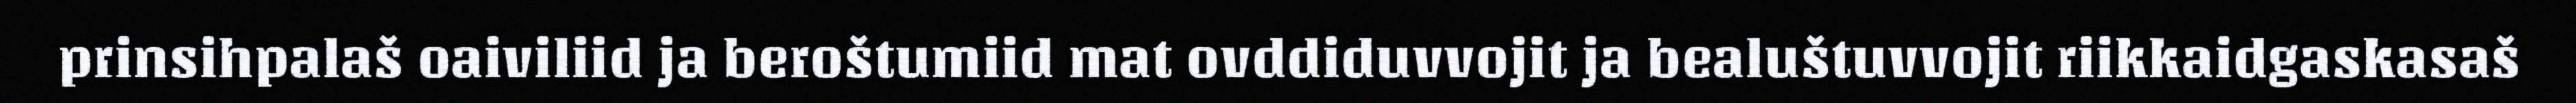
prinsihpalaš oaiviliid ja beroštumiid mat ovddiduvvojit ja bealuštuvvojit riikkaidgaskasaš